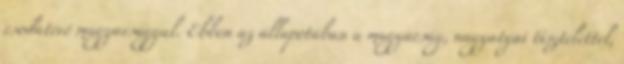
csodatévő magyarsággal. Ebben az állapotában a magyarság, nagyatyai tisztelettel,